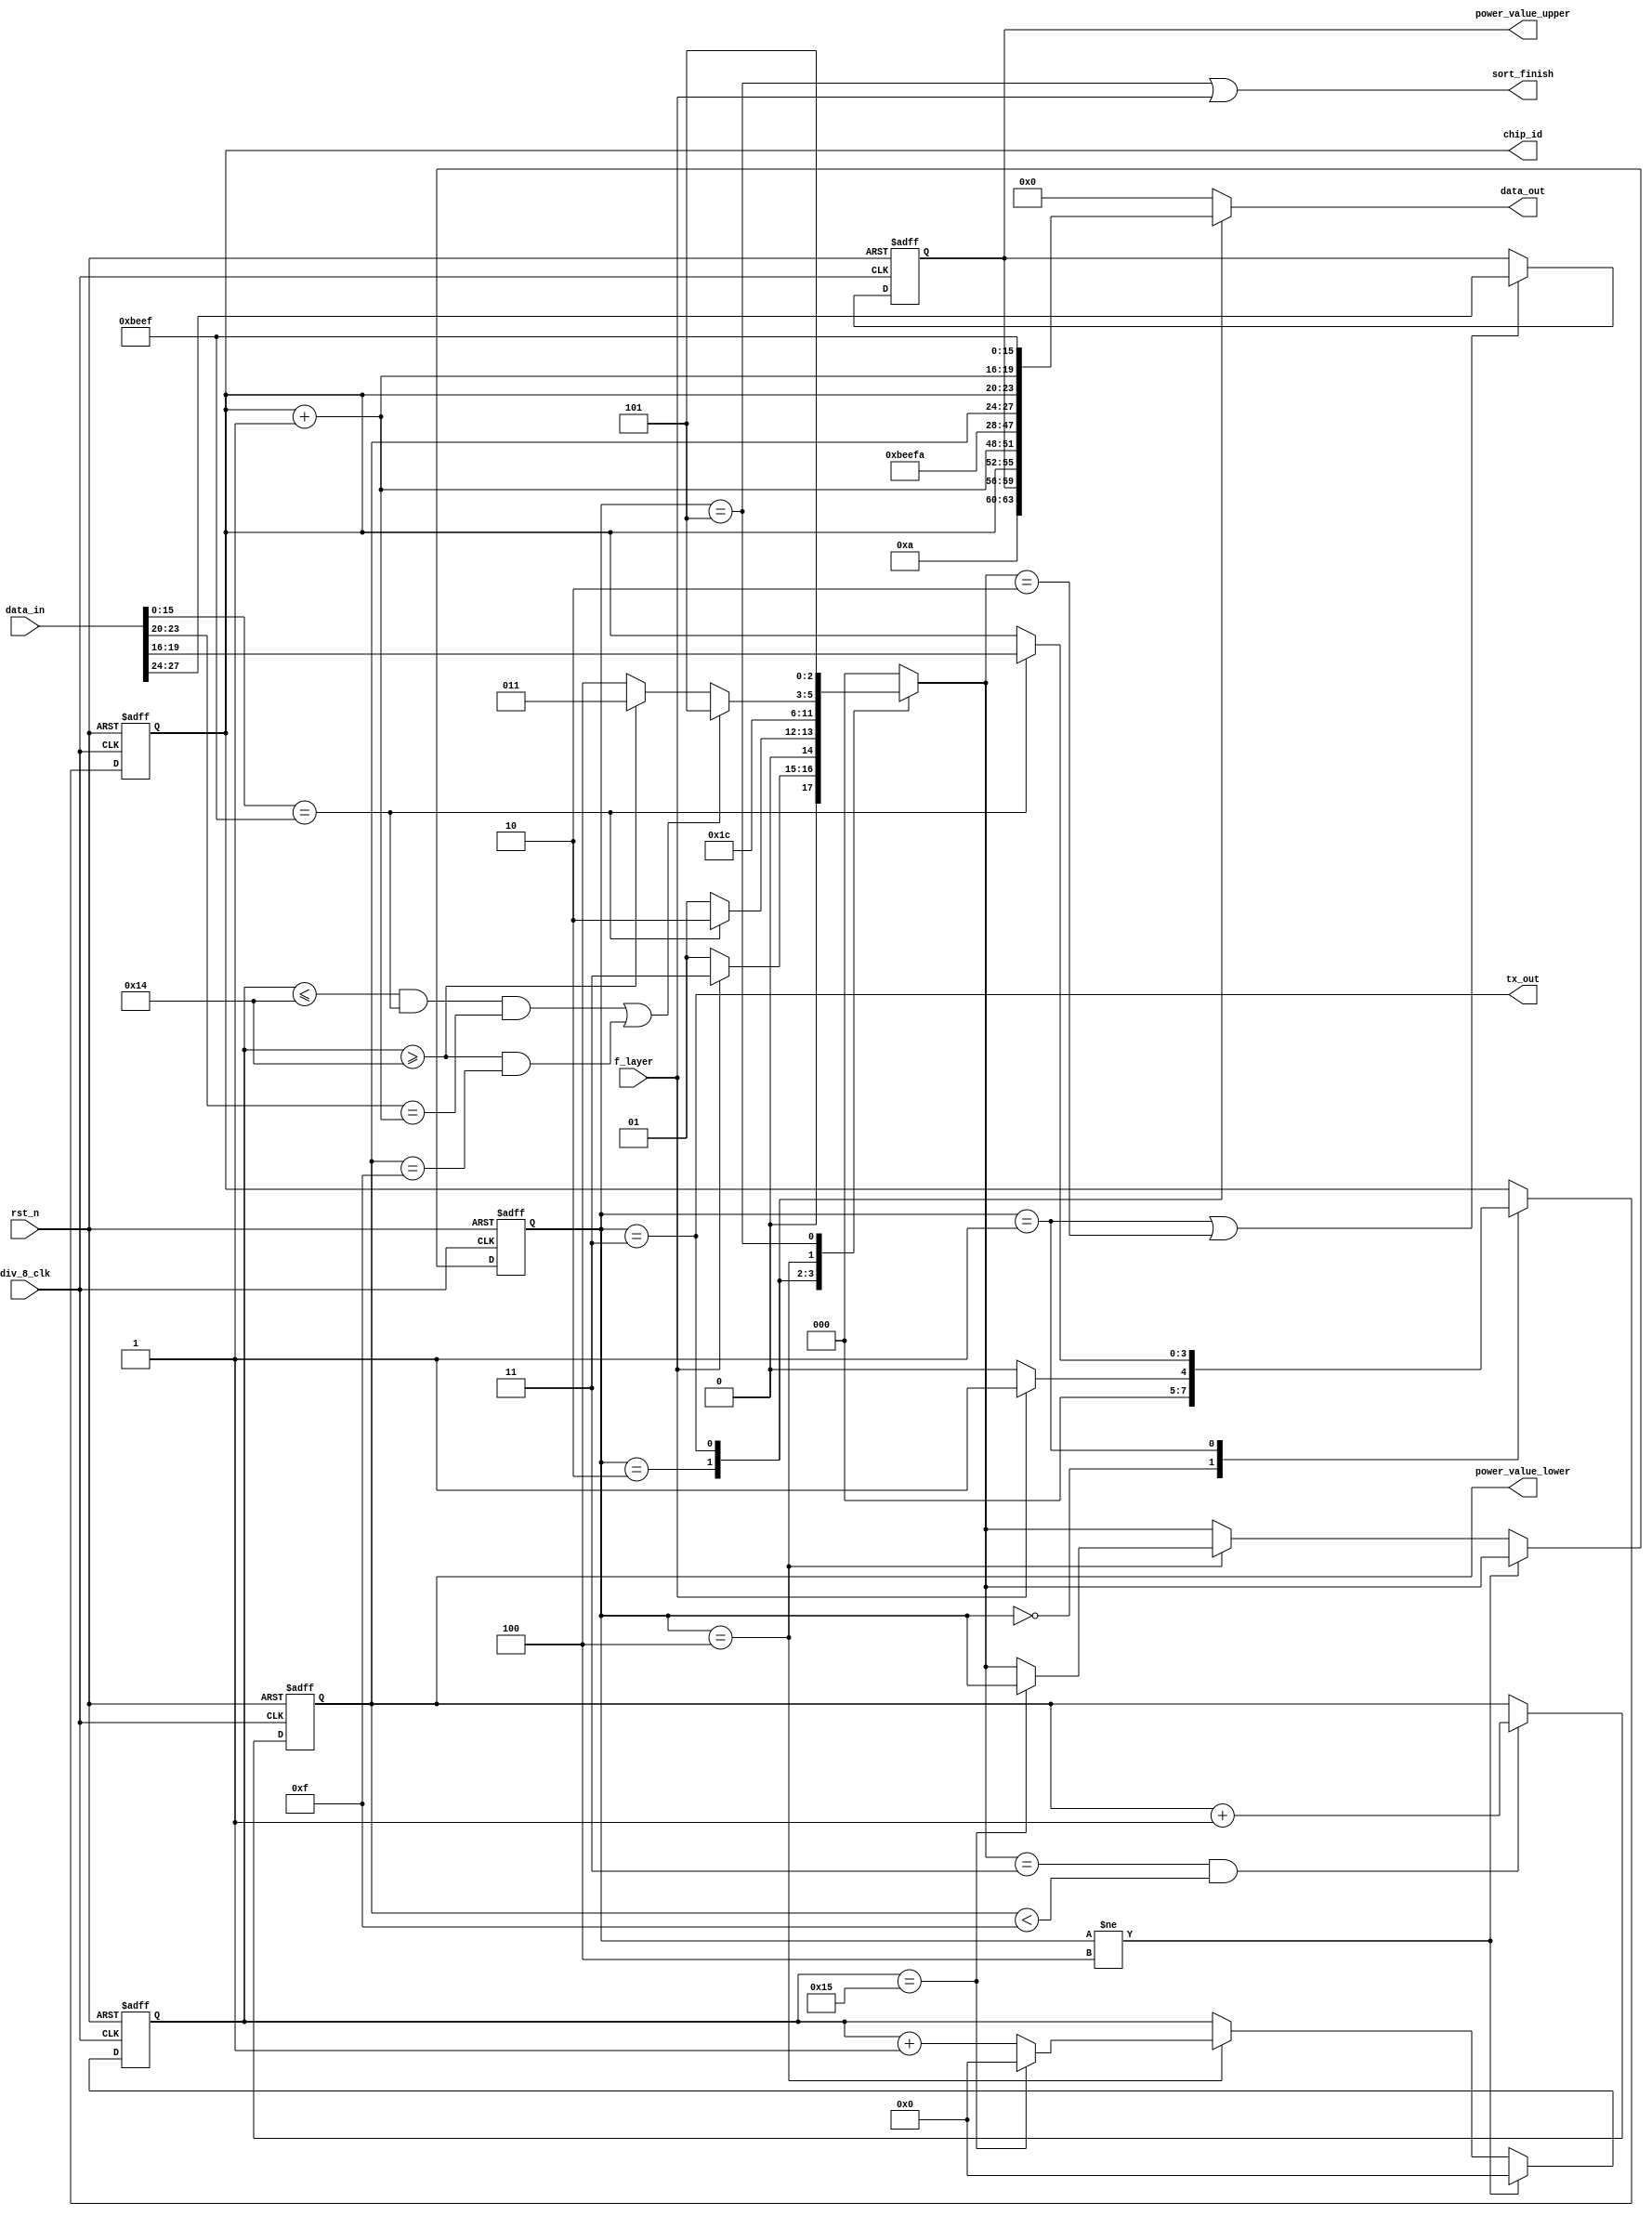
module self_test
(
	input wire div_8_clk,
	input wire rst_n,
	input wire f_layer,
	input wire[31:0] data_in,

	output wire tx_out,
	output wire sort_finish,
	output reg[31:0] data_out,

	output reg[3:0] chip_id,
	output reg[3:0] power_value_upper,
	output reg[3:0] power_value_lower
);

	parameter idle=0, rx_0=1, reply=2, tx_0=3, rx_1=4, standby=5;
	reg[2:0] state, next_state;
	reg[4:0] cnt;

/* main_fsm */
always@(*) begin
	case(state)
		idle: begin
			if(f_layer)
				next_state = tx_0;
			else
				next_state = rx_0;
		end
		rx_0: begin //receive_stage 
			if(data_in[15:0] == 16'hBEEF)
				next_state = reply;
			else
				next_state = rx_0;
		end
		reply: begin
			next_state = tx_0;
		end
		tx_0: begin //transfer_stage
			next_state = rx_1;
		end
		rx_1: begin
			if((cnt <= 5'd20 && data_in[15:0] == 16'hBEEF && data_in[23:20] == (chip_id + 1'b1)) || (cnt >= 5'd20 && power_value_lower == 4'b1111))
				next_state = standby;
			else if(cnt >= 5'd20)
				next_state = tx_0;
			else
				next_state = rx_1;
		end
		standby: begin
			next_state = standby;
		end
		default: next_state = idle;
	endcase
end

/* state */
always@(posedge div_8_clk or negedge rst_n) begin
	if(!rst_n) begin
		state <= idle;
		cnt <= 0;
	end else if(state != rx_1) begin
		cnt <= 'b0;
		state <= next_state;
	end else if(state == rx_1) begin
		if(cnt == 5'd21)
			cnt <= 'b0;
		else begin
			cnt <= cnt + 1'b1;
			state <= next_state;
		end
	end else
		state <= next_state;
end

/* power_value_upper */
always@(posedge div_8_clk or negedge rst_n) begin
    if(!rst_n)
		power_value_upper <= 4'b0000;
	else if(state == rx_0 || next_state == reply)
		power_value_upper <= data_in[27:24]; //test
	else
		power_value_upper <= power_value_upper;
end

/* power_value_lower */
always@(posedge div_8_clk or negedge rst_n) begin
    if(!rst_n)
		power_value_lower <= 4'b0000;
    else if(next_state == tx_0 && power_value_lower < 4'b1111)
        power_value_lower <= power_value_lower + 1'b1;
	else
		power_value_lower <= power_value_lower;
end

/* chip_id */
always@(posedge div_8_clk or negedge rst_n) begin
	if(!rst_n)
		chip_id <= 4'b0000;
	else case(state)
		idle: begin
			if(f_layer)
				chip_id <= 4'b0001;
			else
				chip_id <= 4'b0000;
		end
		rx_0: begin
			if(data_in[15:0] == 16'hBEEF)
				chip_id <= data_in[19:16];
			else
				chip_id <= chip_id;
		end
		default: chip_id <= chip_id;	
	endcase
end

/* data_out */
always@(*) begin
	case(state)
		reply: data_out = {4'b1010, power_value_upper, chip_id, (chip_id + 1'b1), 16'hBEEF};
		tx_0: data_out = {4'b1010, power_value_lower, chip_id, (chip_id + 1'b1), 16'hBEEF};
		default: data_out = 'b0;
	endcase
end

assign tx_out = (state == tx_0);
assign sort_finish = (state == standby) || f_layer;

endmodule